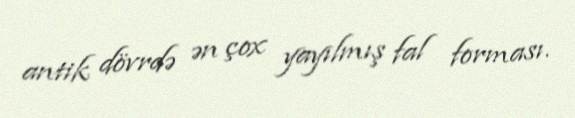
antik dövrdə ən çox yayılmış fal forması.